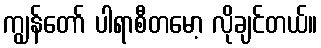
ကျွန်တော် ပါရာစီတမော့ လိုချင်တယ်။